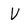
Character: V